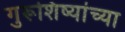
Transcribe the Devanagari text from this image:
गुरूशिष्यांच्या